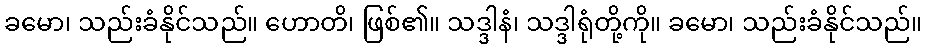
ခမော၊ သည်းခံနိုင်သည်။ ဟောတိ၊ ဖြစ်၏။ သဒ္ဒါနံ၊ သဒ္ဒါရုံတို့ကို။ ခမော၊ သည်းခံနိုင်သည်။